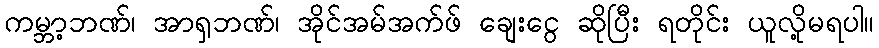
ကမ္ဘာ့ဘဏ်၊ အာရှဘဏ်၊ အိုင်အမ်အက်ဖ် ချေးငွေ ဆိုပြီး ရတိုင်း ယူလို့မရပါ။